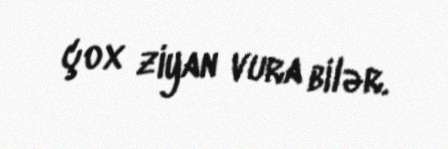
çox ziyan vura bilər.